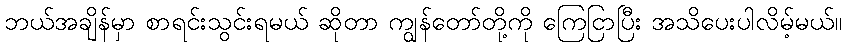
ဘယ်အချိန်မှာ စာရင်းသွင်းရမယ် ဆိုတာ ကျွန်တော်တို့ကို ကြေငြာပြီး အသိပေးပါလိမ့်မယ်။